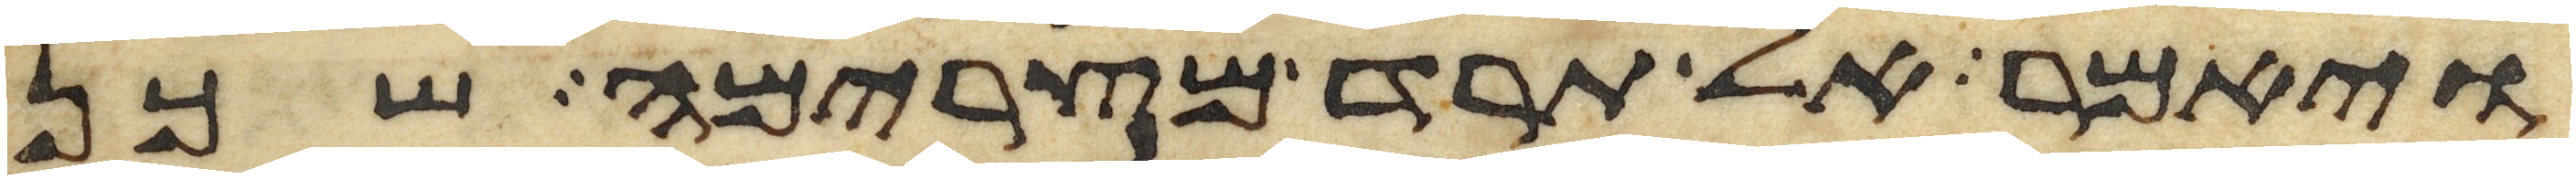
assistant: ויאמר אל תרד מצרימה שכן